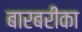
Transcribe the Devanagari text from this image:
बारबरीका